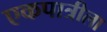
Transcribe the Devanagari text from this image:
एकपात्रीला